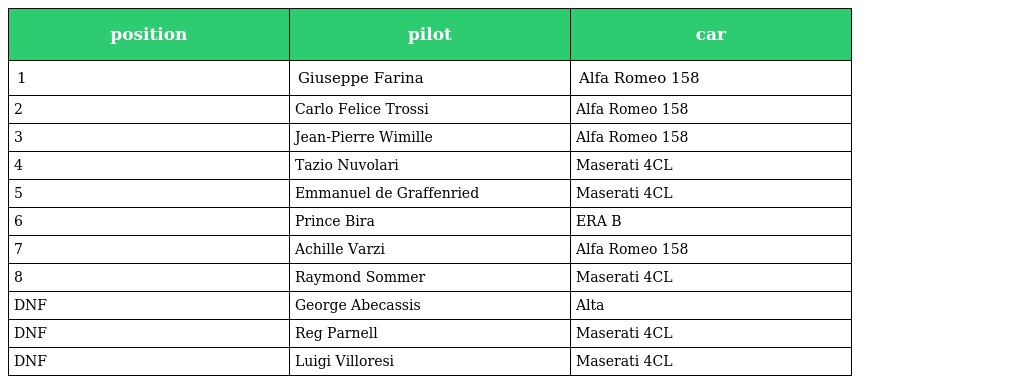
| position | pilot | car |
 | --- | --- | --- |
 | 1 | Giuseppe Farina | Alfa Romeo 158 |
 | 2 | Carlo Felice Trossi | Alfa Romeo 158 |
 | 3 | Jean-Pierre Wimille | Alfa Romeo 158 |
 | 4 | Tazio Nuvolari | Maserati 4CL |
 | 5 | Emmanuel de Graffenried | Maserati 4CL |
 | 6 | Prince Bira | ERA B |
 | 7 | Achille Varzi | Alfa Romeo 158 |
 | 8 | Raymond Sommer | Maserati 4CL |
 | DNF | George Abecassis | Alta |
 | DNF | Reg Parnell | Maserati 4CL |
 | DNF | Luigi Villoresi | Maserati 4CL |